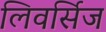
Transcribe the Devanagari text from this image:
लिवर्सिज